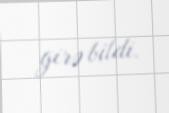
girə bildi.